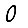
Digit: 0